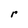
Character: r